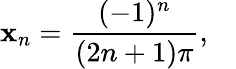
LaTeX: \mathbf{x}_{n}={\frac{{(-1)^{n}}}{{(2n+1)\pi}}},\quad